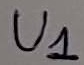
Text: U1